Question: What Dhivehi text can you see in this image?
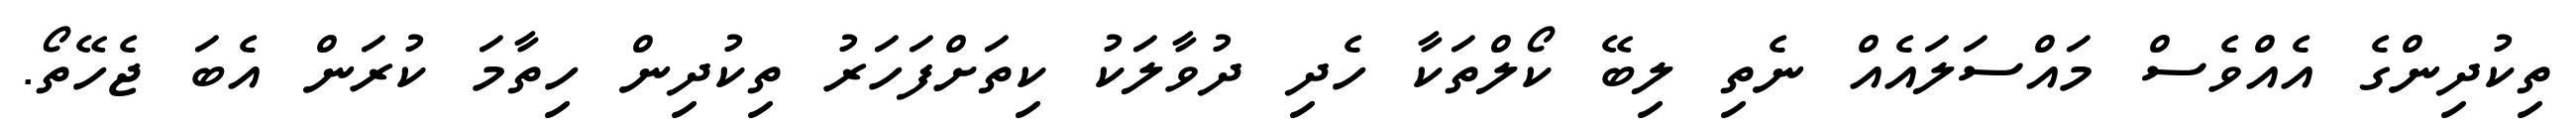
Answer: ތިކުދިންގެ އެއްވެސް މައްސަލައެއް ނެތި ލިބޭ ކޯލްތަކާ ހެދި ދުވާލަކު ކިތަށްފަހަރު ތިކުދިން ހިތާމަ ކުރަން އެބަ ޖެހޭތޯ.